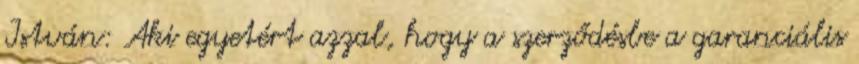
István: Aki egyetért azzal, hogy a szerződésbe a garanciális